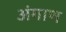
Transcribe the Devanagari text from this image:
अंगाण